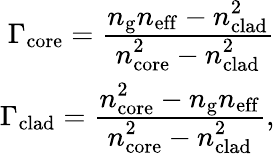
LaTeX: \begin{array}{r}{\Gamma_{\mathrm{core}}=\frac{\displaystyle n_{\mathrm{g}}n_{\mathrm{eff}}-n_{\mathrm{clad}}^{2}}{\displaystyle n_{\mathrm{core}}^{2}-n_{\mathrm{clad}}^{2}}}\\ {\Gamma_{\mathrm{clad}}=\frac{\displaystyle n_{\mathrm{core}}^{2}-n_{\mathrm{g}}n_{\mathrm{eff}}}{\displaystyle n_{\mathrm{core}}^{2}-n_{\mathrm{clad}}^{2}},}\end{array}